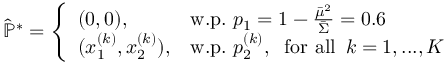
\begin{array} { r } { \hat { \mathbb { P } } ^ { * } = \left\{ \begin{array} { l l } { ( 0 , 0 ) , \, } & { \mathrm { w . p . ~ } p _ { 1 } = 1 - \frac { \bar { \mu } ^ { 2 } } { \bar { \Sigma } } = 0 . 6 } \\ { ( x _ { 1 } ^ { ( k ) } , x _ { 2 } ^ { ( k ) } ) , } & { \mathrm { w . p . ~ } p _ { 2 } ^ { ( k ) } , \; \mathrm { ~ f o r ~ a l l ~ } \, k = 1 , . . . , K } \end{array} \right. } \end{array}